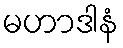
မဟာဒါနံ